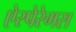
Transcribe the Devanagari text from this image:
ऐस्पेरेगस